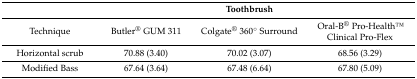
<table><thead><tr><td>[EMPTY_CELL]</td><td>[EMPTY_CELL]</td><td><b>Toothbrush</b></td><td>[EMPTY_CELL]</td></tr></thead><tbody><tr><td>Technique</td><td>Butler<sup>®</sup> GUM 311</td><td>Colgate<sup>®</sup> 360° Surround</td><td>Oral-B<sup>®</sup> Pro-HealthTM Clinical Pro-Flex</td></tr><tr><td>Horizontal scrub</td><td>70.88 (3.40)</td><td>70.02 (3.07)</td><td>68.56 (3.29)</td></tr><tr><td>Modified Bass</td><td>67.64 (3.64)</td><td>67.48 (6.64)</td><td>67.80 (5.09)</td></tr></tbody></table>